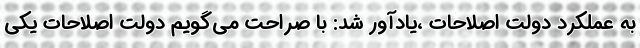
به عملکرد دولت اصلاحات ،یادآور شد: با صراحت می‌گویم دولت اصلاحات یکی